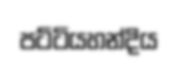
පට්ටියහන්දිය